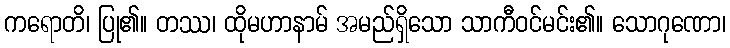
ကရောတိ၊ ပြု၏။ တဿ၊ ထိုမဟာနာမ် အမည်ရှိသော သာကီဝင်မင်း၏။ သောဂုဏော၊